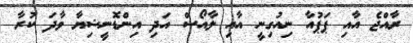
ރާއްޖެ އާއި ޕަޕުއާ ނިއުގިނީ އާއި ލާއޯސް އަދި އިންޑޮނީޝިޔާ ވާދަ ކުރާ